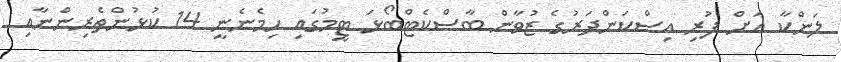
ލަންކާ އަށް ފުރި އިސްކަންދަރުގެ ޒުވާން ބާސްކެޓްބޯޅަ ޓީމުގައި ހިމެނެނީ 14 ކުޅުންތެރިންނާއި